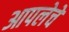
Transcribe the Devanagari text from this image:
आपलेचे